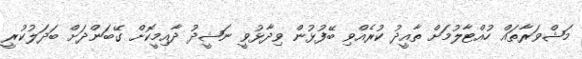
މަޝްވަރާތައް ހުއްޓާލުމަށް ތާއީދު ކުރެއްވި ބޭފުޅުން ވިދާޅުވީ ނަޝީދު ދާއިމީކޮށް ގޭބަންދަށް ބަދަލުކުރީ